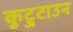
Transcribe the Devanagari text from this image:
कुट्जटाउन